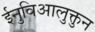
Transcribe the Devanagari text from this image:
ईनुविआलुक्तुन